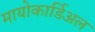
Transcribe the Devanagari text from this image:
मायोकार्डिअल